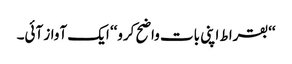
‘‘بقراط اپنی بات واضح کرو‘‘ ایک آواز آئی۔